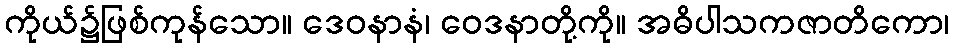
ကိုယ်၌ဖြစ်ကုန်သော။ ဒေဝနာနံ၊ ဝေဒနာတို့ကို။ အဓိပါသကဇာတိကော၊